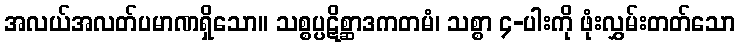
အလယ်အလတ်ပမာဏရှိသော။ သစ္စပ္ပဋိစ္ဆာဒကတမံ၊ သစ္စာ ၄-ပါးကို ဖုံးလွှမ်းတတ်သော